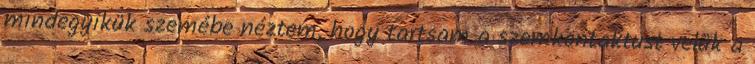
mindegyikük szemébe néztem, hogy tartsam a szemkontaktust velük a